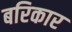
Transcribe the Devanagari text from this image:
बरिकार